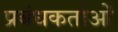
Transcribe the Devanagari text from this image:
प्रबंधकर्ताओं